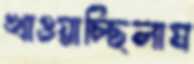
খাওয়াচ্ছিলাম